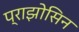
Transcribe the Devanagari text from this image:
प्राझोसिन